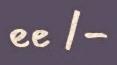
ee /-